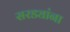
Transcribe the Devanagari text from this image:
सरड्यांना